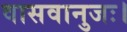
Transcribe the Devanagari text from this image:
वासवानुजः।